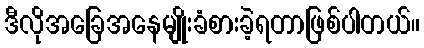
ဒီလိုအခြေအနေမျိုးခံစားခဲ့ရတာဖြစ်ပါတယ်။